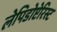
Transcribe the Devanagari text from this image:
लेपिडोप्टेरिस्ट